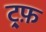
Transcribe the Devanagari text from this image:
ट्र्फ़